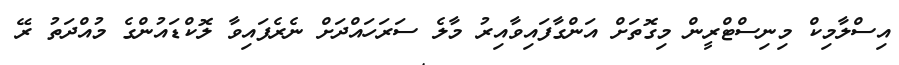
އިސްލާމިކް މިނިސްޓްރީން މިގޮތަށް އަންގާފައިވާއިރު މާލެ ސަރަހައްދަށް ނެރެފައިވާ ލޮކްޑައުންގެ މުއްދަތު ރޭ